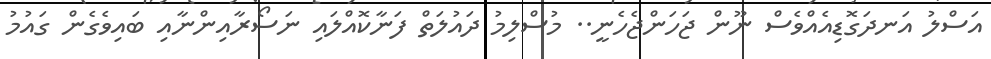
އަސްލު އަނދަގޮޑިއެއްވެސް ނޫން ޖަހަންޖެހެނީ.. މުސްލިމު ދައުލަތް ފަނާކޮއްލައި ނަސޯރާއިންނާއި ބައިވެގެން ގައުމު